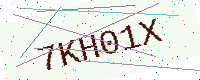
Text: 7KH01X